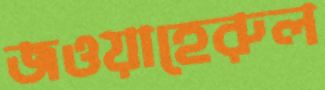
জওয়াহেরুল